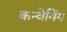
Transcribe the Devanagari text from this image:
कन्वेयिंग